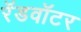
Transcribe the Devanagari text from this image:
रॅडवॉटर